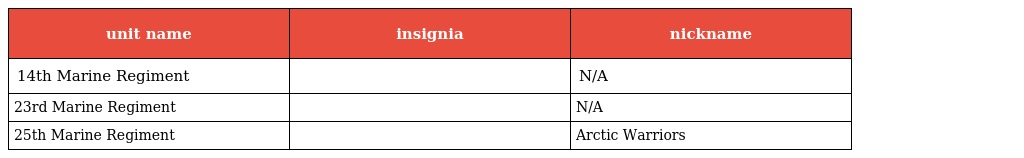
| unit name | insignia | nickname |
 | --- | --- | --- |
 | 14th Marine Regiment |  | N/A |
 | 23rd Marine Regiment |  | N/A |
 | 25th Marine Regiment |  | Arctic Warriors |